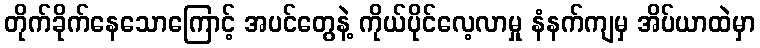
တိုက်ခိုက်နေသောကြောင့် အပင်တွေနဲ့ ကိုယ်ပိုင်လေ့လာမှု နံနက်ကျမှ အိပ်ယာထဲမှာ